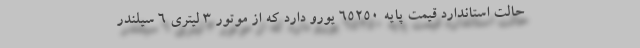
حالت استاندارد قیمت پایه 65250 یورو دارد که از موتور 3 لیتری 6 سیلندر